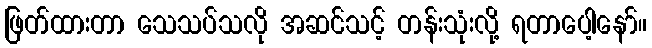
ဖြတ်ထားတာ သေသပ်သလို အဆင်သင့် တန်းသုံးလို့ ရတာပေါ့နော်။